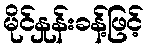
မိုင်နှုန်းခန့်ဖြင့်